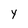
Character: Y